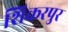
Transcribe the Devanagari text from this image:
शिकरपुर